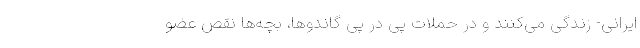
ایرانی- زندگی می‌کنند و در حملات پی در پی گاندوها، بچه‌ها نقص عضو